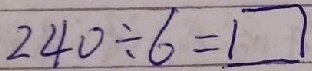
2 4 0 \div 6 = \square